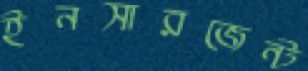
ইনসারজেন্ট